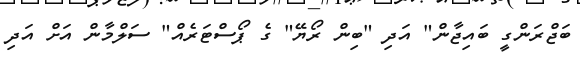
ބަޖްރަންގީ ބައިޖާން" އަދި "ބިން ރޯޔޭ" ގެ ޕޯސްޓަރެއް" ސަލްމާން އަށް އަދި